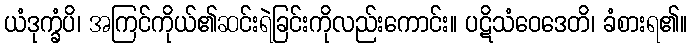
ယံဒုက္ခံပိ၊ အကြင်ကိုယ်၏ဆင်းရဲခြင်းကိုလည်းကောင်း။ ပဋိသံဝေဒေတိ၊ ခံစားရ၏။